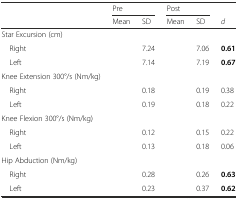
<table><thead><tr><td>[EMPTY_CELL]</td><td colspan="2"><b>Pre</b></td><td colspan="2"><b>Post</b></td><td>[EMPTY_CELL]</td></tr><tr><td>[EMPTY_CELL]</td><td><b>Mean</b></td><td><b>SD</b></td><td><b>Mean</b></td><td><b>SD</b></td><td><b><i>d</i></b></td></tr></thead><tbody><tr><td>Star Excursion (cm)</td><td>[EMPTY_CELL]</td><td>[EMPTY_CELL]</td><td>[EMPTY_CELL]</td><td>[EMPTY_CELL]</td><td>[EMPTY_CELL]</td></tr><tr><td> Right</td><td>[EMPTY_CELL]</td><td>7.24</td><td>[EMPTY_CELL]</td><td>7.06</td><td><b>0.61</b></td></tr><tr><td> Left</td><td>[EMPTY_CELL]</td><td>7.14</td><td>[EMPTY_CELL]</td><td>7.19</td><td><b>0.67</b></td></tr><tr><td>Knee Extension 300°/s (Nm/kg)</td><td>[EMPTY_CELL]</td><td>[EMPTY_CELL]</td><td>[EMPTY_CELL]</td><td>[EMPTY_CELL]</td><td>[EMPTY_CELL]</td></tr><tr><td> Right</td><td>[EMPTY_CELL]</td><td>0.18</td><td>[EMPTY_CELL]</td><td>0.19</td><td>0.38</td></tr><tr><td> Left</td><td>[EMPTY_CELL]</td><td>0.19</td><td>[EMPTY_CELL]</td><td>0.18</td><td>0.22</td></tr><tr><td>Knee Flexion 300°/s (Nm/kg)</td><td>[EMPTY_CELL]</td><td>[EMPTY_CELL]</td><td>[EMPTY_CELL]</td><td>[EMPTY_CELL]</td><td>[EMPTY_CELL]</td></tr><tr><td> Right</td><td>[EMPTY_CELL]</td><td>0.12</td><td>[EMPTY_CELL]</td><td>0.15</td><td>0.22</td></tr><tr><td> Left</td><td>[EMPTY_CELL]</td><td>0.13</td><td>[EMPTY_CELL]</td><td>0.18</td><td>0.06</td></tr><tr><td>Hip Abduction (Nm/kg)</td><td>[EMPTY_CELL]</td><td>[EMPTY_CELL]</td><td>[EMPTY_CELL]</td><td>[EMPTY_CELL]</td><td>[EMPTY_CELL]</td></tr><tr><td> Right</td><td>[EMPTY_CELL]</td><td>0.28</td><td>[EMPTY_CELL]</td><td>0.26</td><td><b>0.63</b></td></tr><tr><td> Left</td><td>[EMPTY_CELL]</td><td>0.23</td><td>[EMPTY_CELL]</td><td>0.37</td><td><b>0.62</b></td></tr></tbody></table>